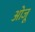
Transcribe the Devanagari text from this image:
ओजू